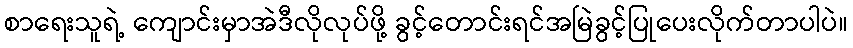
စာရေးသူရဲ့ ကျောင်းမှာအဲဒီလိုလုပ်ဖို့ ခွင့်တောင်းရင်အမြဲခွင့်ပြုပေးလိုက်တာပါပဲ။